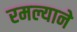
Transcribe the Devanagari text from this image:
रमल्याने